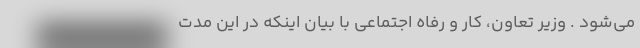
می‌شود . وزیر تعاون، کار و رفاه اجتماعی با بیان اینکه در این مدت